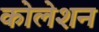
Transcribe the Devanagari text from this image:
कोलेशन